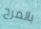
بالمرح